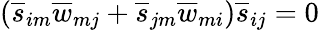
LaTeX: (\overline{{s}}_{im}\overline{{w}}_{mj}+\overline{{s}}_{jm}\overline{{w}}_{mi})\overline{{s}}_{ij}=0